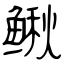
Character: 鳅